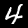
Label: 4